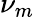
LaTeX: \nu_{m}